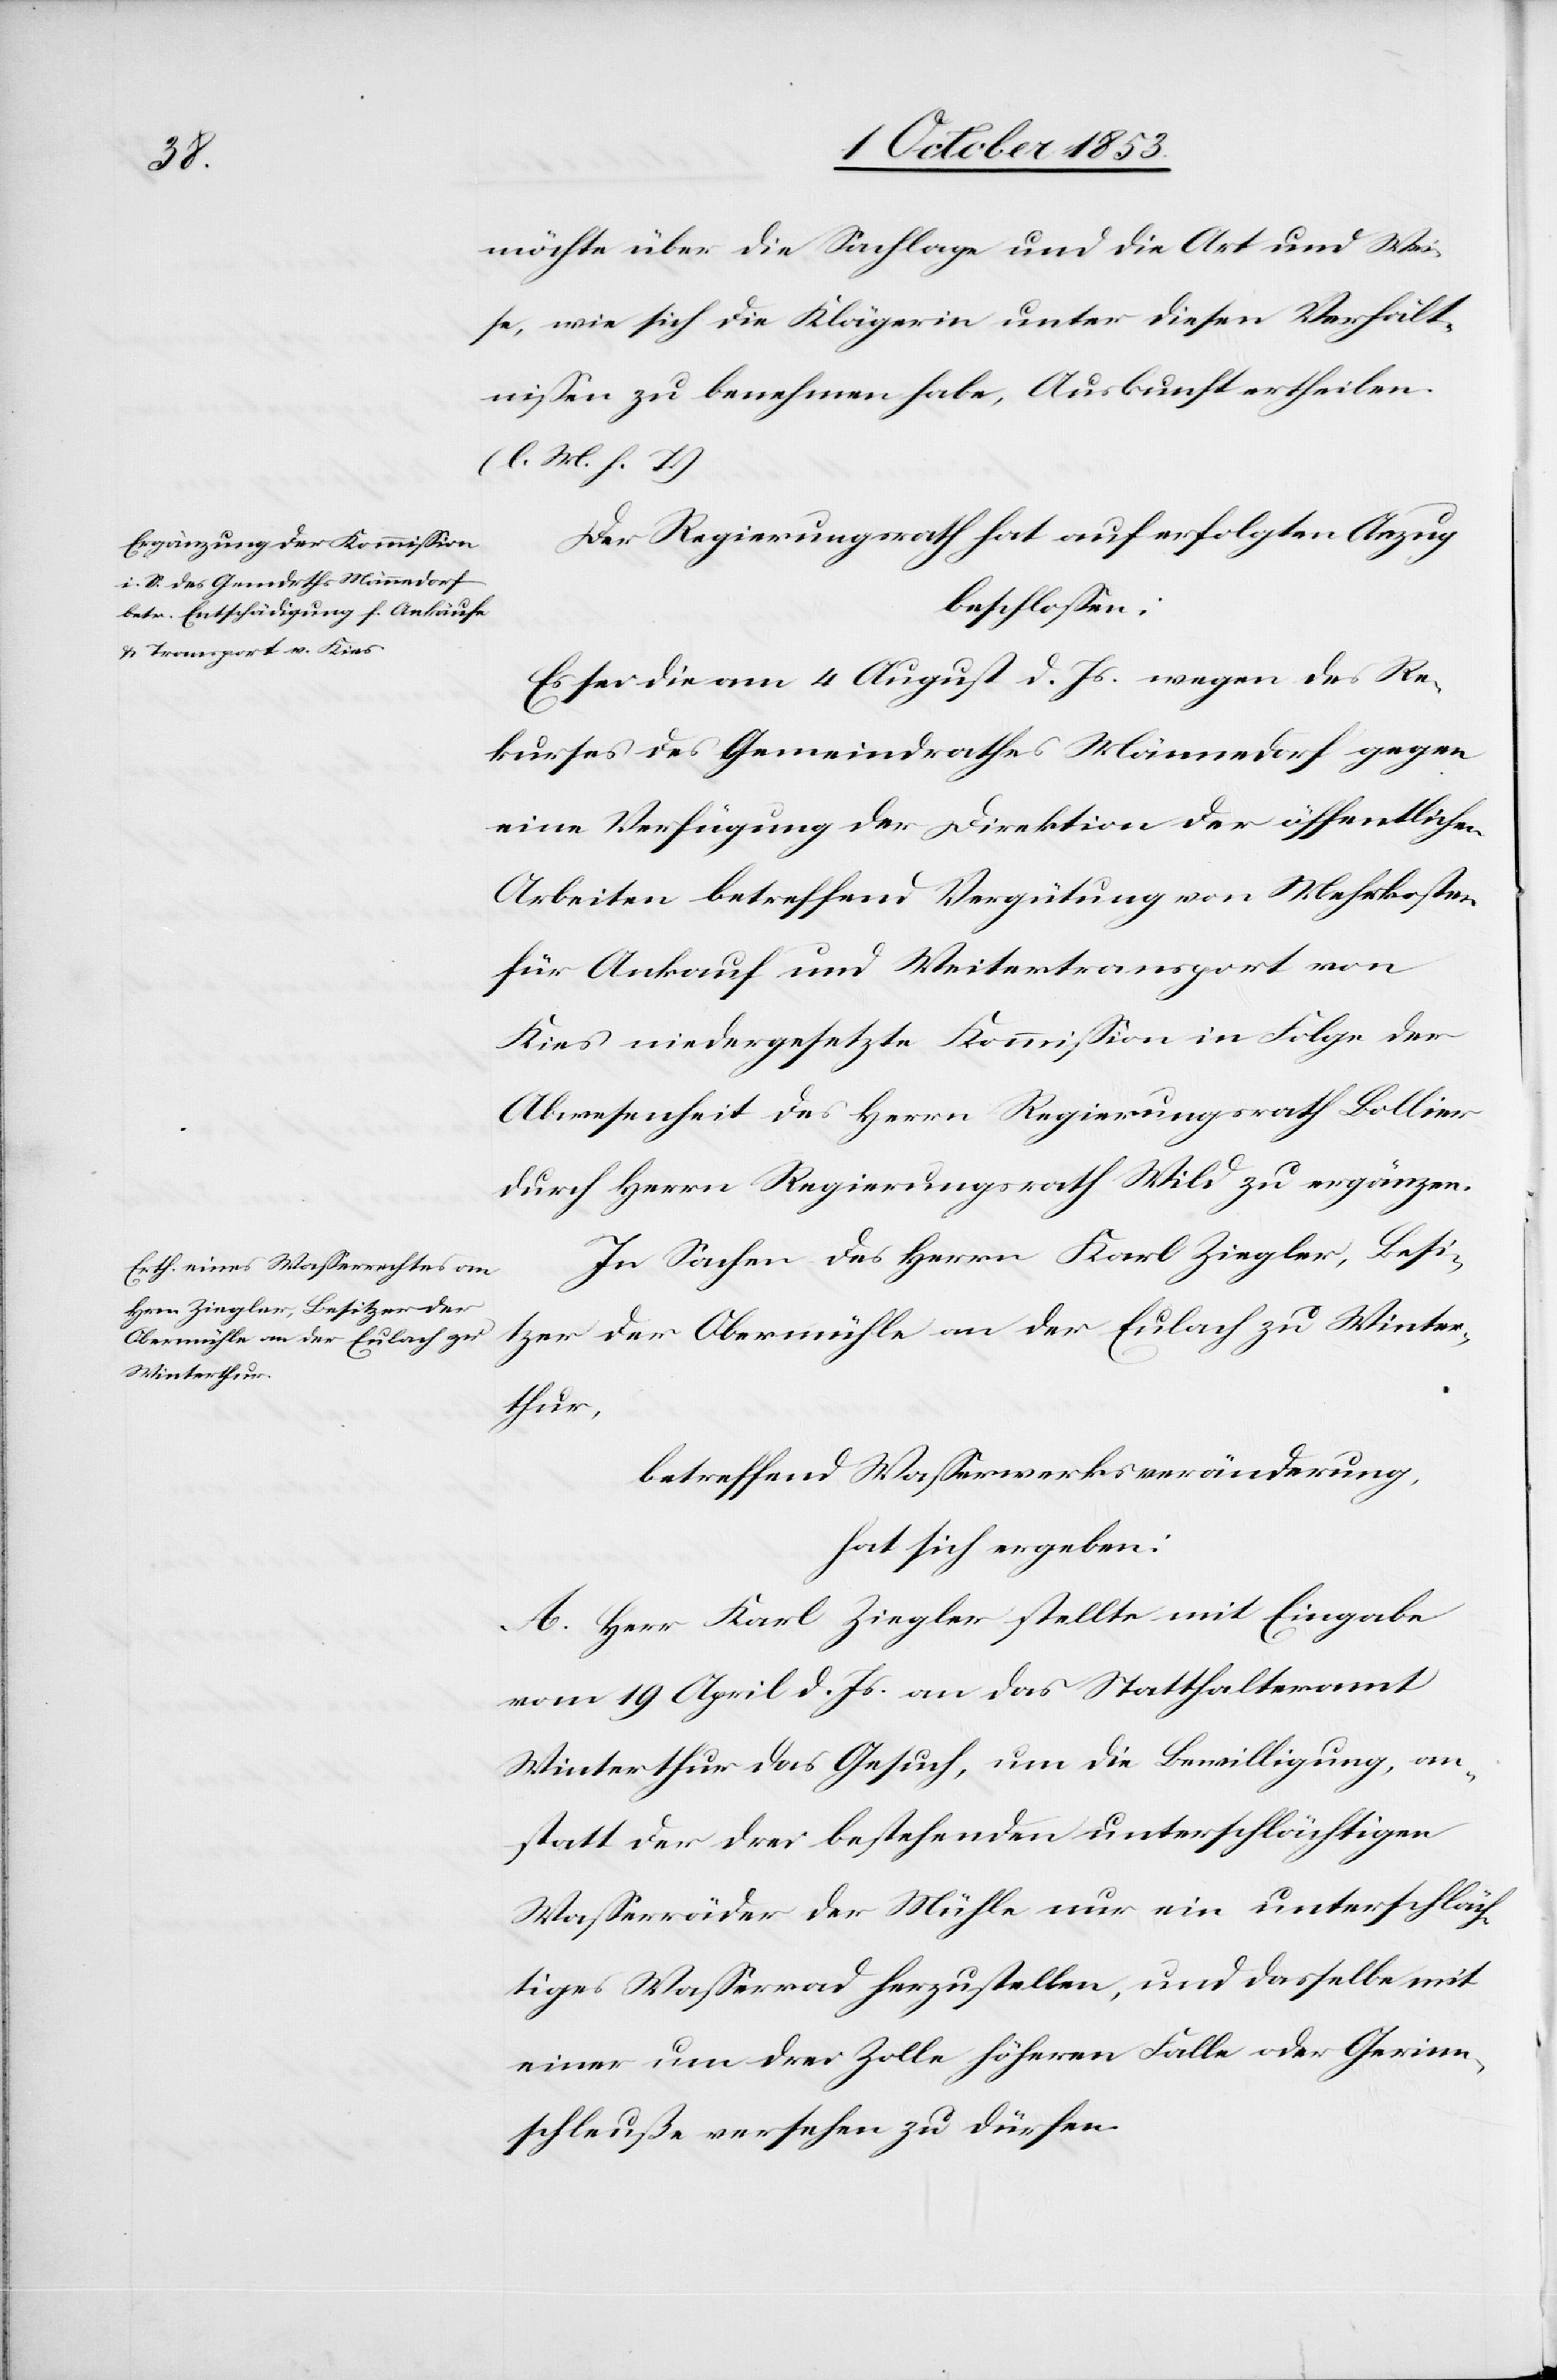
möchte über die Sachlage und die Art und Wei¬
se, wie sich die Klägerin unter diesen Verhält¬
nißen zu benehmen habe, Auskunft ertheilen.
[l. M. h. T]
Der Regierungsrath auf erfolgten Anzug
beschloßen:
Es sei die am 4 August d. Js. wegen der Re¬
kurses des Gemeindrathes Männedorf gegen
eine Verfügung der Direktion der öffentlichen
Arbeiten betreffend Vergütung von Mehrkosten
für Ankauf und Weitertransport von
Kies niedergesetzte Kommißion in Folge der
Abwesenheit des Herrn Regierungsrath Bollier
durch Herrn Regierungsrath Wild zu ergänzen.
In Sachen des Herrn Karl Ziegler, Besi¬
tzer der Obermühle an der Eulach zu Winter¬
thur,
betreffend Waßerwerksveränderung,
hat sich ergeben:
A. Herr Karl Ziegler stellte mit Eingabe
vom 19 April d. Js. an das Statthalteramt
Winterthur das Gesuch, um die Bewilligung, an¬
statt der drei bestehenden unterschlächtigen
Waßerräder der Mühle nur ein unterschläch¬
tiges Waßerrad herzustellen, und dasselbe mit
einer um drei Zolle höhern Falle oder Gerinn¬
schleuße versehen zu dürfen.